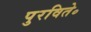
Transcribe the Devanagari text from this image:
पुरविते॰